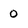
Character: 0